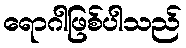
ရောဂါဖြစ်ပါသည်